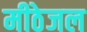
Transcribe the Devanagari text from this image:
मीठेजल